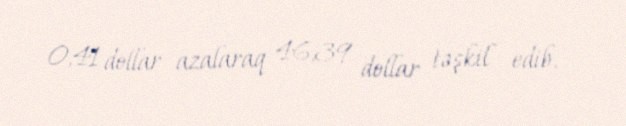
0,41 dollar azalaraq 46,39 dollar təşkil edib.